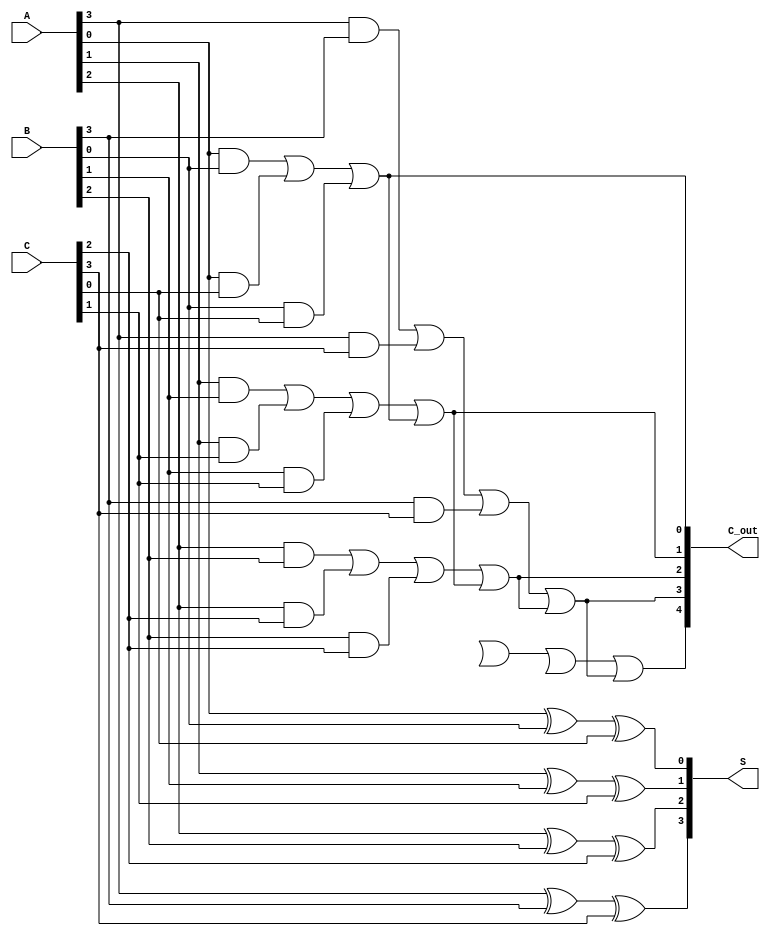
module dynamic_carry_save_adder (
    input [N-1:0] A, // Input A
    input [N-1:0] B, // Input B
    input [N-1:0] C, // Input C
    output [N-1:0] S, // Sum output
    output [N:0] C_out // Carry output
);
    // Parameter for the width of the inputs
    parameter N = 4;

    // Intermediate carry signals
    wire [N:0] carry_ab; // Carry bits for A and B
    wire [N:0] carry_ac; // Carry bits for A and C
    wire [N:0] carry_bc; // Carry bits for B and C

    // Generate carry_bits between each pair of inputs
    genvar i;
    generate
        for (i = 0; i < N; i = i + 1) begin : carry_gen
            assign carry_ab[i] = A[i] & B[i]; // Carry from A and B
            assign carry_ac[i] = A[i] & C[i]; // Carry from A and C
            assign carry_bc[i] = B[i] & C[i]; // Carry from B and C
        end
    endgenerate

    // Sum calculation (XOR for the sum bits)
    generate
        for (i = 0; i < N; i = i + 1) begin : sum_calc
            assign S[i] = A[i] ^ B[i] ^ C[i]; // Sum bits from A, B and C
        end
    endgenerate

    // Carry output calculation (OR of carry bits)
    assign C_out[0] = carry_ab[0] | carry_ac[0] | carry_bc[0]; // Least significant carry bit
    generate
        for (i = 1; i <= N; i = i + 1) begin : carry_out_calc
            assign C_out[i] = carry_ab[i] | carry_ac[i] | carry_bc[i] | C_out[i-1]; // Cascade carry out
        end
    endgenerate

endmodule